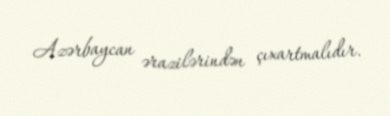
Azərbaycan ərazilərindən çıxartmalıdır.